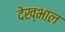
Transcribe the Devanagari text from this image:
देख्भाल